Annual report of the Civil Veterinary Department, Bengal, for the year 1896-97 - 1896-1897
Year: 1896
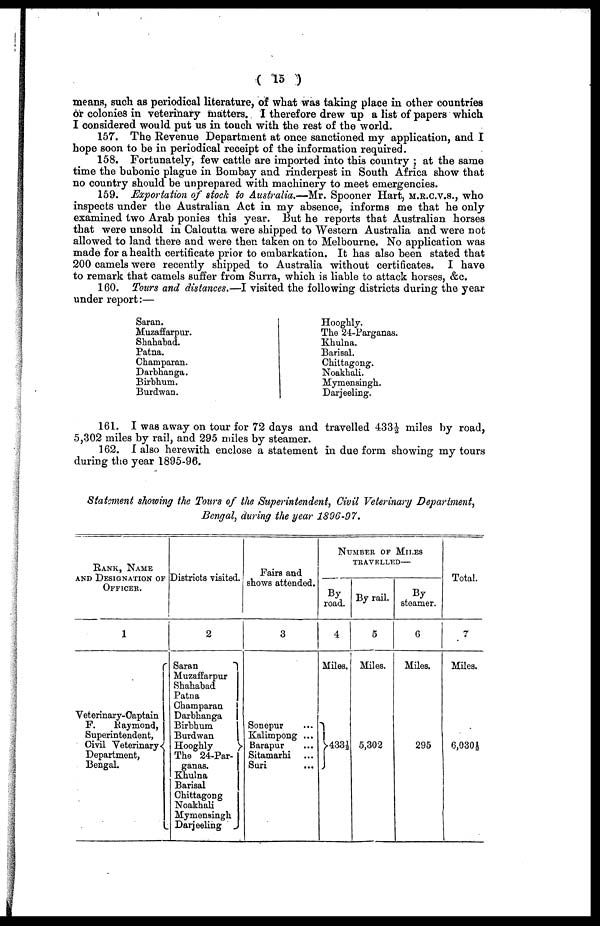
(15)
means, such as periodical literature, of what was taking place in other countries
or colonies in veterinary matters. I therefore drew up a list of papers which
I considered would put us in touch with the rest of the world.
157. The Revenue Department at once sanctioned my application, and I
hope soon to be in periodical receipt of the information required.
158. Fortunately, few cattle are imported into this country; at the same
time the bubonic plague in Bombay and rinderpest in South Africa show that
no country should be unprepared with machinery to meet emergencies.
159. Exportation of stock to Australia.—Mr. Spooner Hart, M.R.C.V.S., who
inspects under the Australian Act in my absence, informs me that he only
examined two Arab ponies this year. But he reports that Australian horses
that were unsold in Calcutta were shipped to Western Australia and were not
allowed to land there and were then taken on to Melbourne. No application was
made for a health certificate prior to embarkation. It has also been stated that
200 camels were recently shipped to Australia without certificates. I have
to remark that camels suffer from Surra, which is liable to attack horses, &c.
160. Tours and distances.—I visited the following districts during the year
under report:—
Saran.
Muzaffarpur.
Shahabad.
Patna.
Champaran.
Darbhanga.
Birbhum.
Burdwan.
Hooghly.
The 24-Parganas.
Khulna.
Barisal.
Chittagong.
Noakhali.
Mymensingh.
Darjeeling.
161. I was away on tour for 72 days and travelled 433½ miles by road,
5,302 miles by rail, and 295 miles by steamer.
162. I also herewith enclose a statement in due form showing my tours
during the year 1895-96.
Statement showing the Tours of the Superintendent, Civil Veterinary Department,
Bengal, during the year 1896-97.
RANK, NAME
AND DESIGNATION OF
OFFICER.
1
Veterinary-Captain
F.
Raymond,
Superintendent,
Civil Veterinary
Department,
Bengal.
Districts visited.
2
Saran
Muzaffarpur
Shahabad
Patna
Champaran
Darbhanga
Birbhum
Burdwan
Hooghly
The 24-Par-
ganas.
Khulna
Barisal
Chittagong
Noakhali
Mymensingh
Darjeeling
Fairs and
shows attended.
3
Sonepur ...
Kalimpong ...
Barapur ...
Sitamarhi ...
Suri ...
NUMBER OF MILES
TRAVELLED—
By
road.
4
Miles.
433½
..
By rail.
5
Miles.
5,302
By
steamer.
6
Miles.
295
Total.
7
Miles.
6,0304